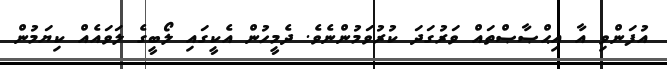
އުފަންވި އާ އިޙްޞާޞްތައް ވަރުގަދަ ކުރުވަމުންނެވެ. ދެމީހުން އެކީގައި ލޯބީގެ ލަވައެއް ކިޔަމުން